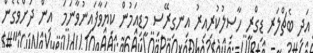
އަދި ބެޗްލަރ ޑިގްރީ ހާސިލުކުރިއިރު އިނގިރޭސި މީޑިއަމުން ކިޔަވާފައިނުވާނަމަ  އިން ދަށްވެގެން